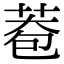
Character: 𦰮